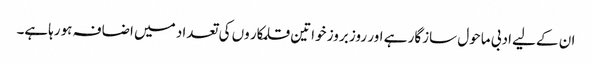
ان کےلیے ادبی ماحول سازگار ہے اور روز بروز خواتین قلمکار وں کی تعداد میں اضافہ ہورہاہے۔